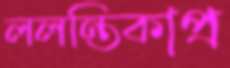
ললন্তিকাপ্র